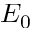
E _ { 0 }